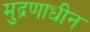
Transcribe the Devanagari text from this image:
मुद्रणाधीन